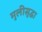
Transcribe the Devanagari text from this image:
मुलीसुद्धा